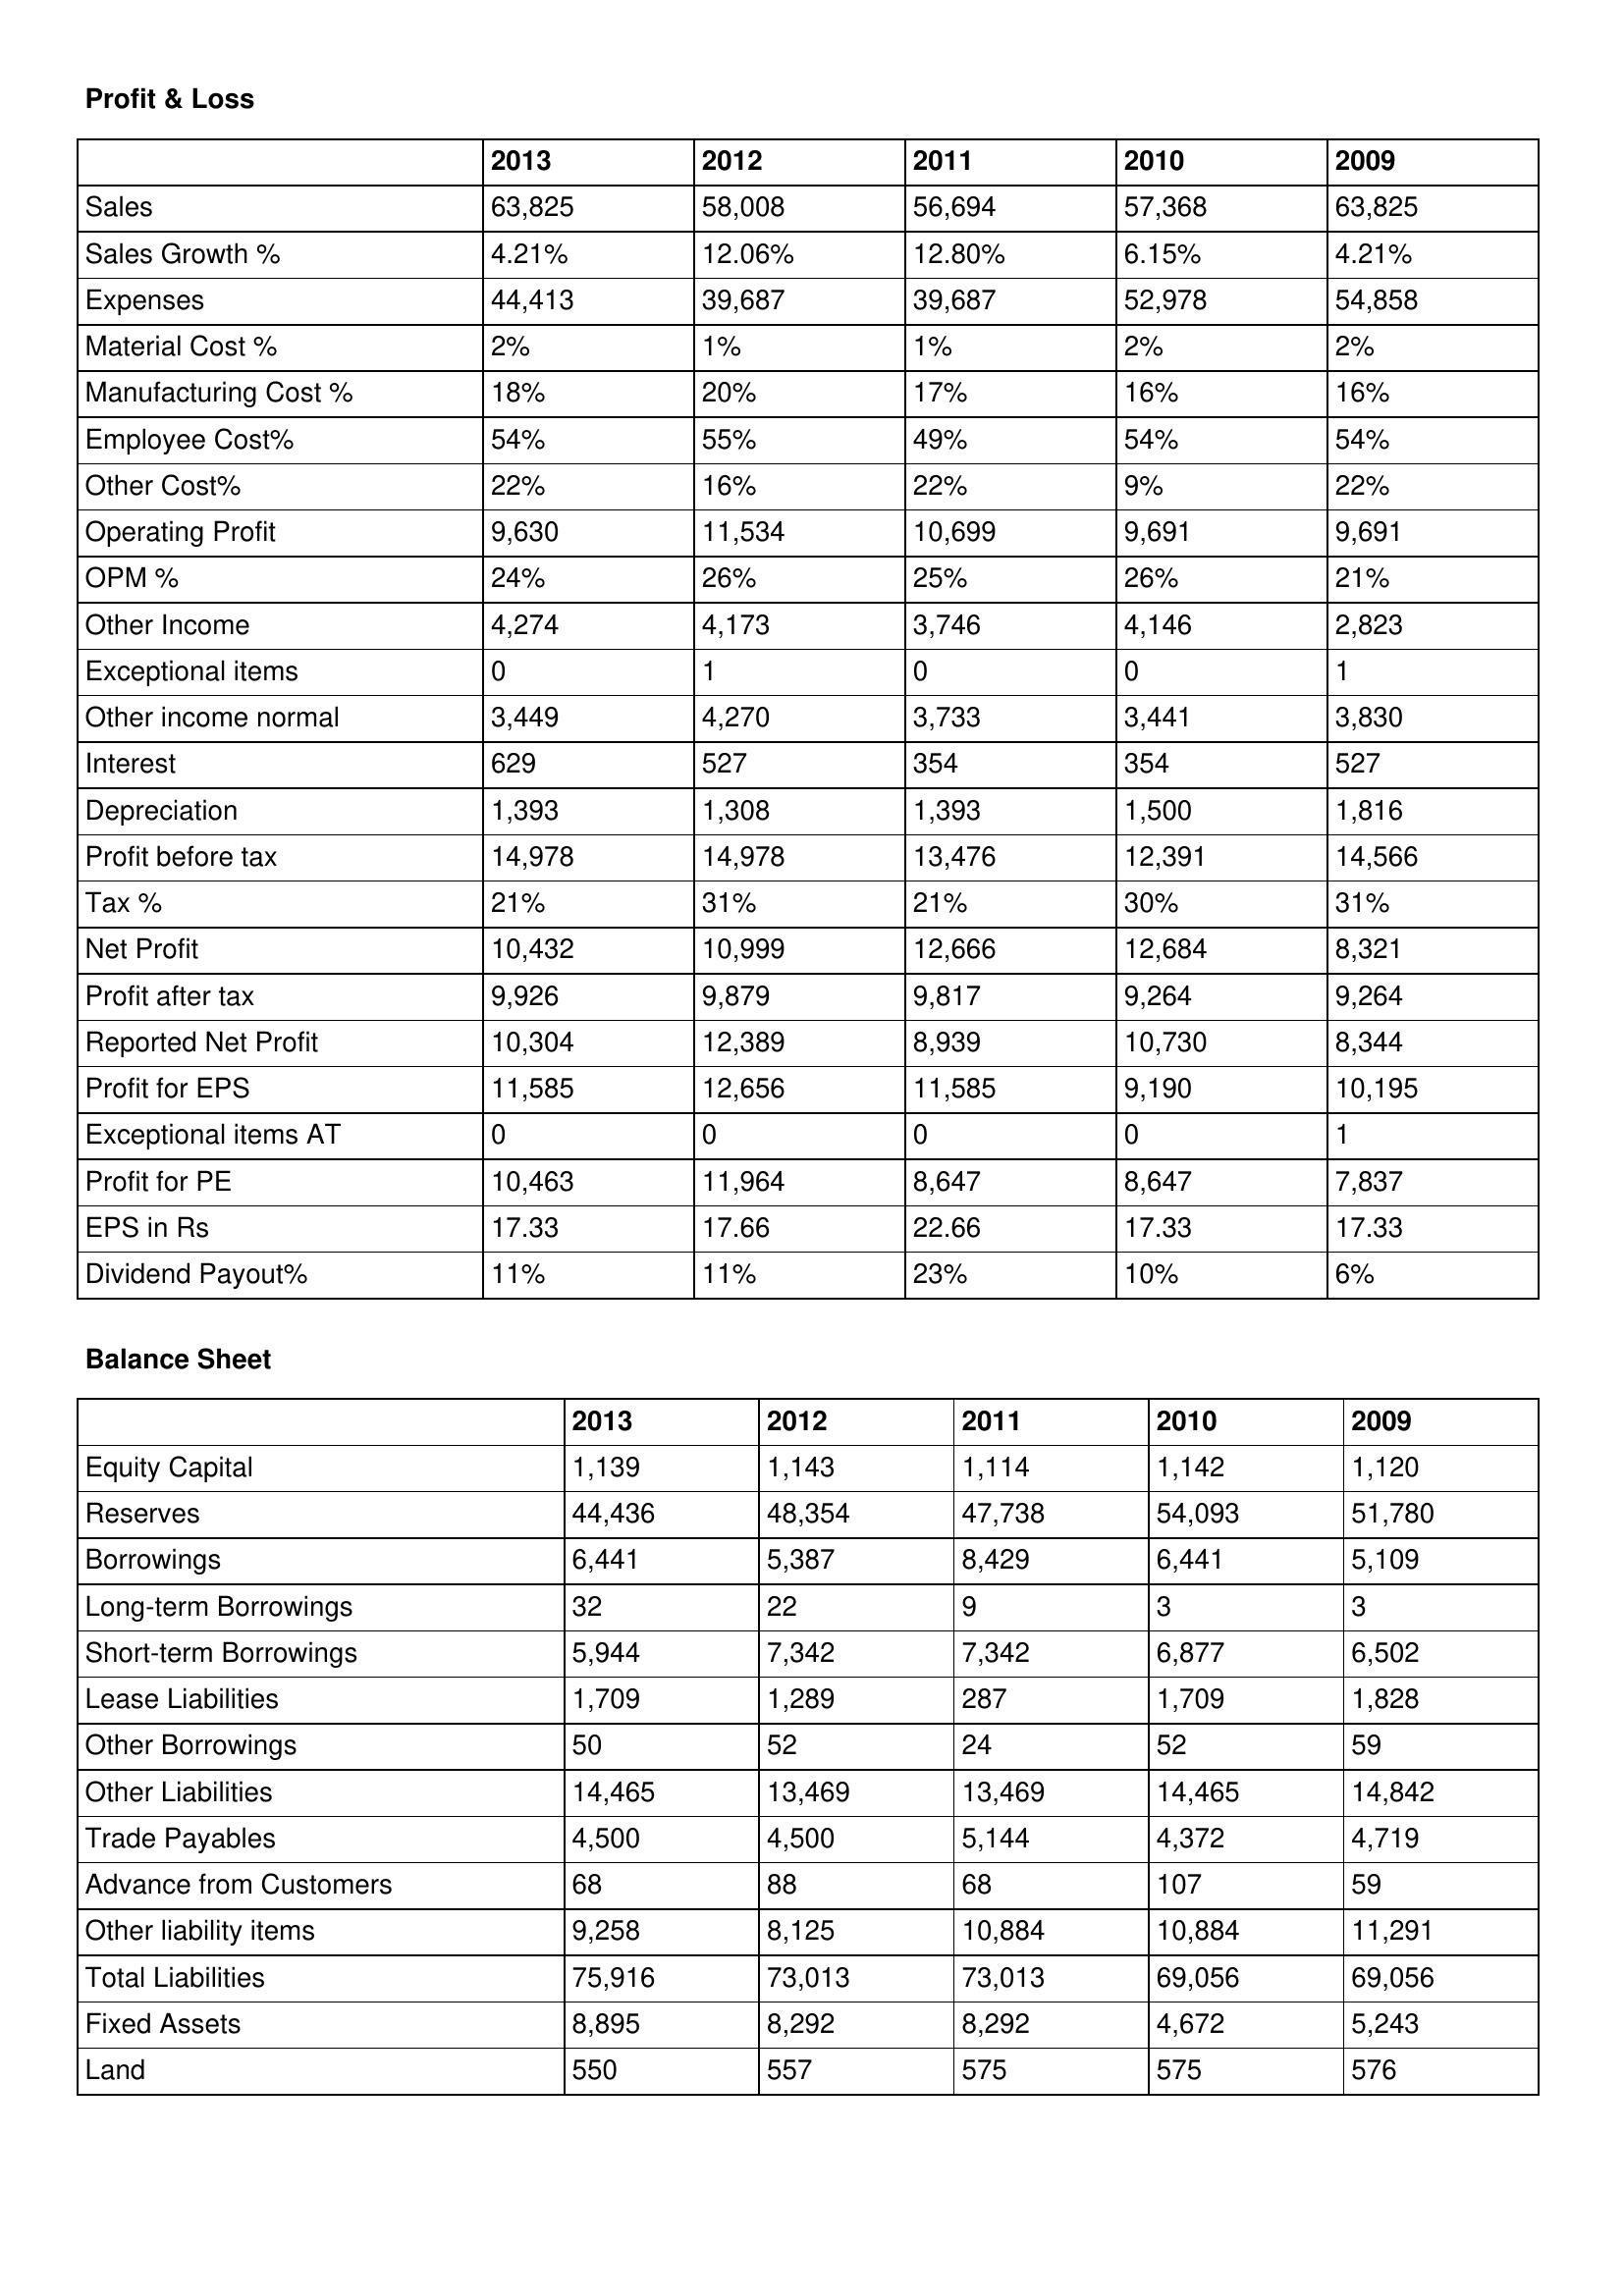
gt_parse: 2013: Profit & Loss: Sales: 63,825
Sales Growth %: 4.21%
Expenses: 44,413
Material Cost %: 2%
Manufacturing Cost %: 18%
Employee Cost%: 54%
Other Cost%: 22%
Operating Profit: 9,630
OPM %: 24%
Other Income: 4,274
Exceptional items: 0
Other income normal: 3,449
Interest: 629
Depreciation: 1,393
Profit before tax: 14,978
Tax %: 21%
Net Profit: 10,432
Profit after tax: 9,926
Reported Net Profit: 10,304
Profit for EPS: 11,585
Exceptional items AT: 0
Profit for PE: 10,463
EPS in Rs: 17.33
Dividend Payout%: 11%
Balance Sheet: Equity Capital: 1,139
Reserves: 44,436
Borrowings: 6,441
Long-term Borrowings: 32
Short-term Borrowings: 5,944
Lease Liabilities: 1,709
Other Borrowings: 50
Other Liabilities: 14,465
Trade Payables: 4,500
Advance from Customers: 68
Other liability items: 9,258
Total Liabilities: 75,916
Fixed Assets: 8,895
Land: 550
2012: Profit & Loss: Sales: 58,008
Sales Growth %: 12.06%
Expenses: 39,687
Material Cost %: 1%
Manufacturing Cost %: 20%
Employee Cost%: 55%
Other Cost%: 16%
Operating Profit: 11,534
OPM %: 26%
Other Income: 4,173
Exceptional items: 1
Other income normal: 4,270
Interest: 527
Depreciation: 1,308
Profit before tax: 14,978
Tax %: 31%
Net Profit: 10,999
Profit after tax: 9,879
Reported Net Profit: 12,389
Profit for EPS: 12,656
Exceptional items AT: 0
Profit for PE: 11,964
EPS in Rs: 17.66
Dividend Payout%: 11%
Balance Sheet: Equity Capital: 1,143
Reserves: 48,354
Borrowings: 5,387
Long-term Borrowings: 22
Short-term Borrowings: 7,342
Lease Liabilities: 1,289
Other Borrowings: 52
Other Liabilities: 13,469
Trade Payables: 4,500
Advance from Customers: 88
Other liability items: 8,125
Total Liabilities: 73,013
Fixed Assets: 8,292
Land: 557
2011: Profit & Loss: Sales: 56,694
Sales Growth %: 12.80%
Expenses: 39,687
Material Cost %: 1%
Manufacturing Cost %: 17%
Employee Cost%: 49%
Other Cost%: 22%
Operating Profit: 10,699
OPM %: 25%
Other Income: 3,746
Exceptional items: 0
Other income normal: 3,733
Interest: 354
Depreciation: 1,393
Profit before tax: 13,476
Tax %: 21%
Net Profit: 12,666
Profit after tax: 9,817
Reported Net Profit: 8,939
Profit for EPS: 11,585
Exceptional items AT: 0
Profit for PE: 8,647
EPS in Rs: 22.66
Dividend Payout%: 23%
Balance Sheet: Equity Capital: 1,114
Reserves: 47,738
Borrowings: 8,429
Long-term Borrowings: 9
Short-term Borrowings: 7,342
Lease Liabilities: 287
Other Borrowings: 24
Other Liabilities: 13,469
Trade Payables: 5,144
Advance from Customers: 68
Other liability items: 10,884
Total Liabilities: 73,013
Fixed Assets: 8,292
Land: 575
2010: Profit & Loss: Sales: 57,368
Sales Growth %: 6.15%
Expenses: 52,978
Material Cost %: 2%
Manufacturing Cost %: 16%
Employee Cost%: 54%
Other Cost%: 9%
Operating Profit: 9,691
OPM %: 26%
Other Income: 4,146
Exceptional items: 0
Other income normal: 3,441
Interest: 354
Depreciation: 1,500
Profit before tax: 12,391
Tax %: 30%
Net Profit: 12,684
Profit after tax: 9,264
Reported Net Profit: 10,730
Profit for EPS: 9,190
Exceptional items AT: 0
Profit for PE: 8,647
EPS in Rs: 17.33
Dividend Payout%: 10%
Balance Sheet: Equity Capital: 1,142
Reserves: 54,093
Borrowings: 6,441
Long-term Borrowings: 3
Short-term Borrowings: 6,877
Lease Liabilities: 1,709
Other Borrowings: 52
Other Liabilities: 14,465
Trade Payables: 4,372
Advance from Customers: 107
Other liability items: 10,884
Total Liabilities: 69,056
Fixed Assets: 4,672
Land: 575
2009: Profit & Loss: Sales: 63,825
Sales Growth %: 4.21%
Expenses: 54,858
Material Cost %: 2%
Manufacturing Cost %: 16%
Employee Cost%: 54%
Other Cost%: 22%
Operating Profit: 9,691
OPM %: 21%
Other Income: 2,823
Exceptional items: 1
Other income normal: 3,830
Interest: 527
Depreciation: 1,816
Profit before tax: 14,566
Tax %: 31%
Net Profit: 8,321
Profit after tax: 9,264
Reported Net Profit: 8,344
Profit for EPS: 10,195
Exceptional items AT: 1
Profit for PE: 7,837
EPS in Rs: 17.33
Dividend Payout%: 6%
Balance Sheet: Equity Capital: 1,120
Reserves: 51,780
Borrowings: 5,109
Long-term Borrowings: 3
Short-term Borrowings: 6,502
Lease Liabilities: 1,828
Other Borrowings: 59
Other Liabilities: 14,842
Trade Payables: 4,719
Advance from Customers: 59
Other liability items: 11,291
Total Liabilities: 69,056
Fixed Assets: 5,243
Land: 576